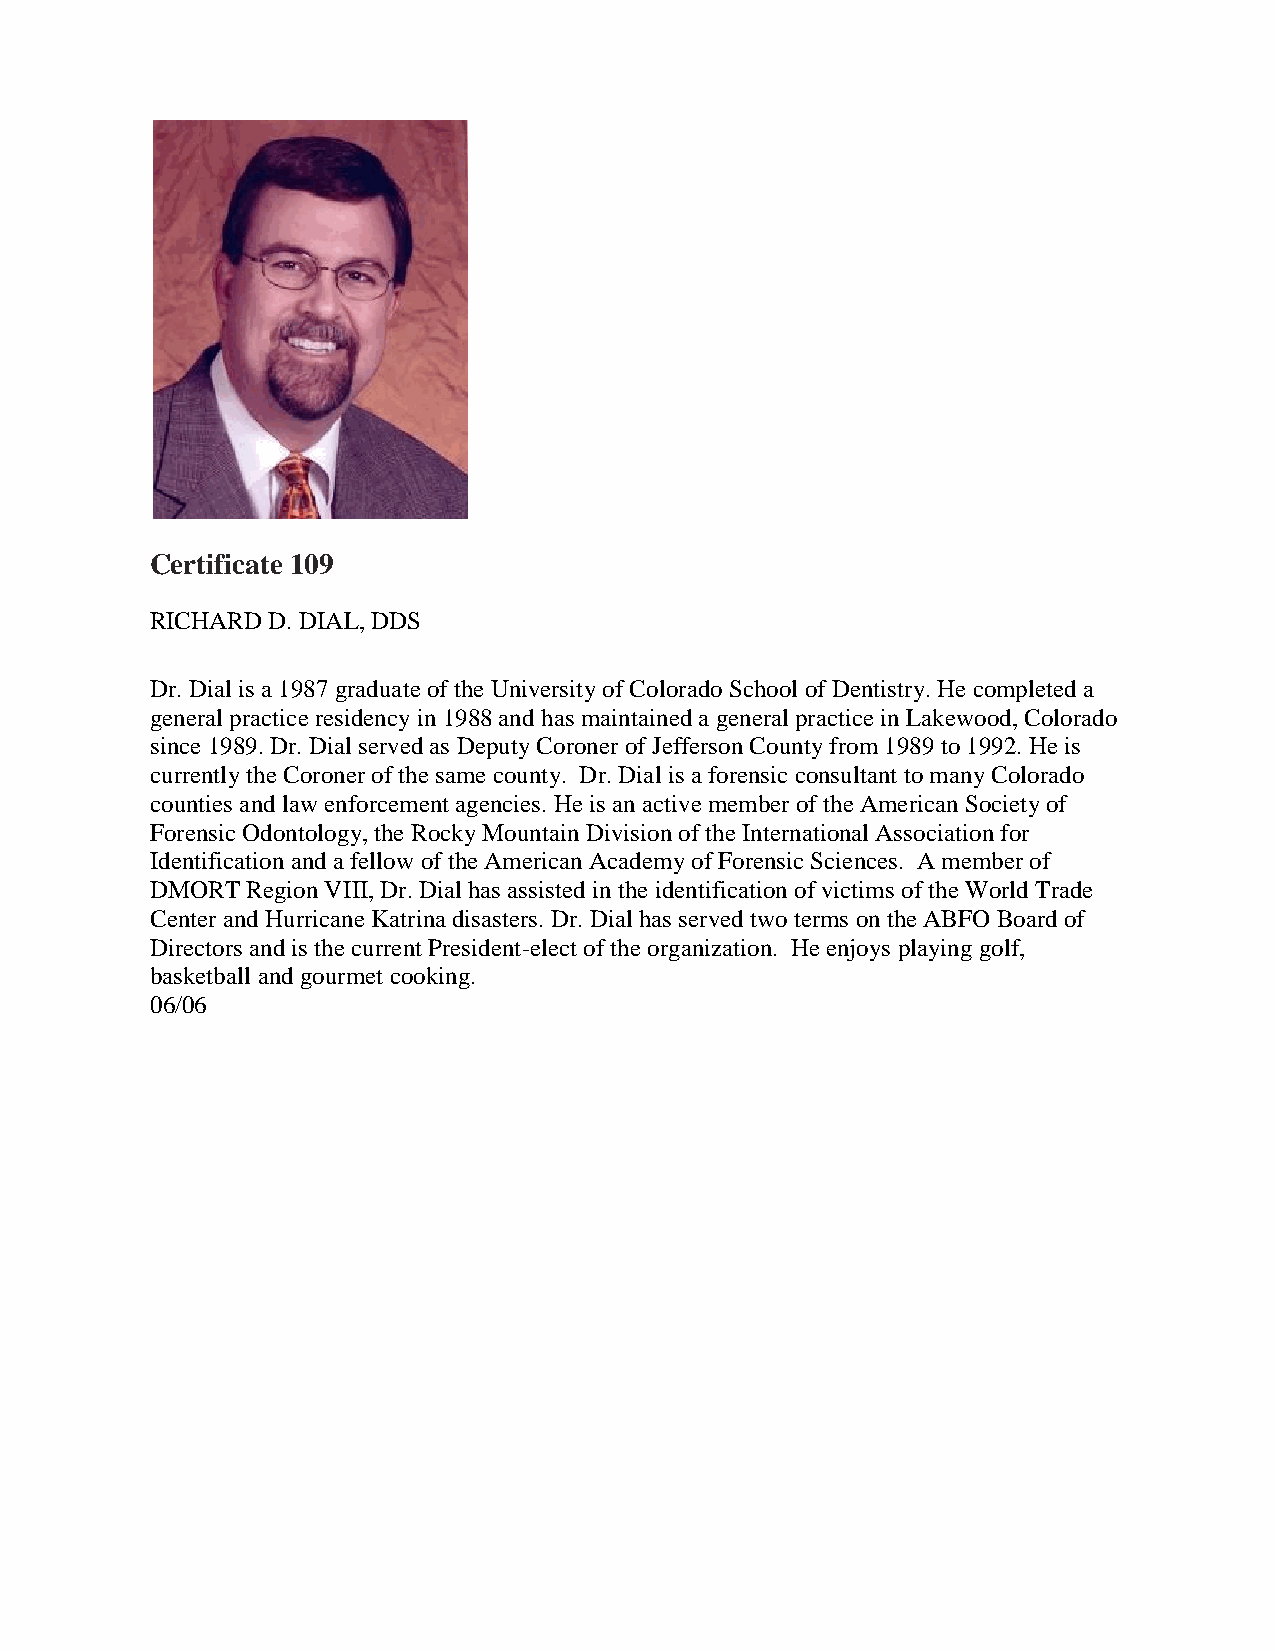
Certificate 109
 RICHARD D. DIAL, DDS
 Dr. Dial is a 1987 graduate of the University of Colorado School of Dentistry. He completed a
 general practice residency in 1988 and has maintained a general practice in Lakewood, Colorado
 since 1989. Dr. Dial served as Deputy Coroner of Jefferson County from 1989 to 1992. He is
 currently the Coroner of the same county. Dr. Dial is a forensic consultant to many Colorado
 counties and law enforcement agencies. He is an active member of the American Society of
 Forensic Odontology, the Rocky Mountain Division of the International Association for
 Identification and a fellow of the American Academy of Forensic Sciences. A member of
 DMORT Region VIII, Dr. Dial has assisted in the identification of victims of the World Trade
 Center and Hurricane Katrina disasters. Dr. Dial has served two terms on the ABFO Board of
 Directors and is the current President-elect of the organization. He enjoys playing golf,
 basketball and gourmet cooking.
 06/06